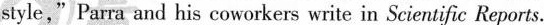
style," Parra and his coworkers write in Scientific Reports.